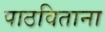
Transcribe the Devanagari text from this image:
पाठविताना